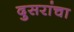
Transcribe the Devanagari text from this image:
दुसरांचा